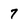
Character: 7